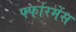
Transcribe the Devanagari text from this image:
र्फ्फारमेंस